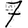
Digit: 7